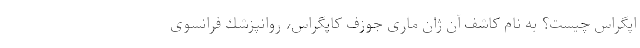
اپگراس چیست؟ به نام كاشف آن ژان ماری جوزف كاپگراس، روانپزشك فرانسوی